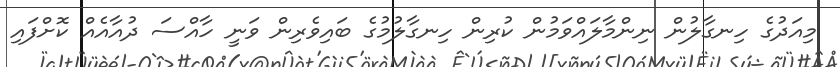
މިއަދުގެ ހިނގާލުން ނިންމާލައްވަމުން ކުރިން ހިނގާލުމުގެ ބައިވެރިން ވަނީ ހާއްސަ ދުއާއެއް ކޮށްފައި